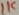
Text: 1K